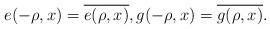
LaTeX: \begin{align*}e(-\rho,x)=\overline{e(\rho,x)},g(-\rho,x)=\overline{g(\rho,x)}.\end{align*}